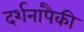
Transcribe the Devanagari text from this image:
दर्शनांपैकी